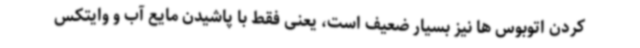
کردن اتوبوس ها نیز بسیار ضعیف است، یعنی فقط با پاشیدن مایع آب و وایتکس